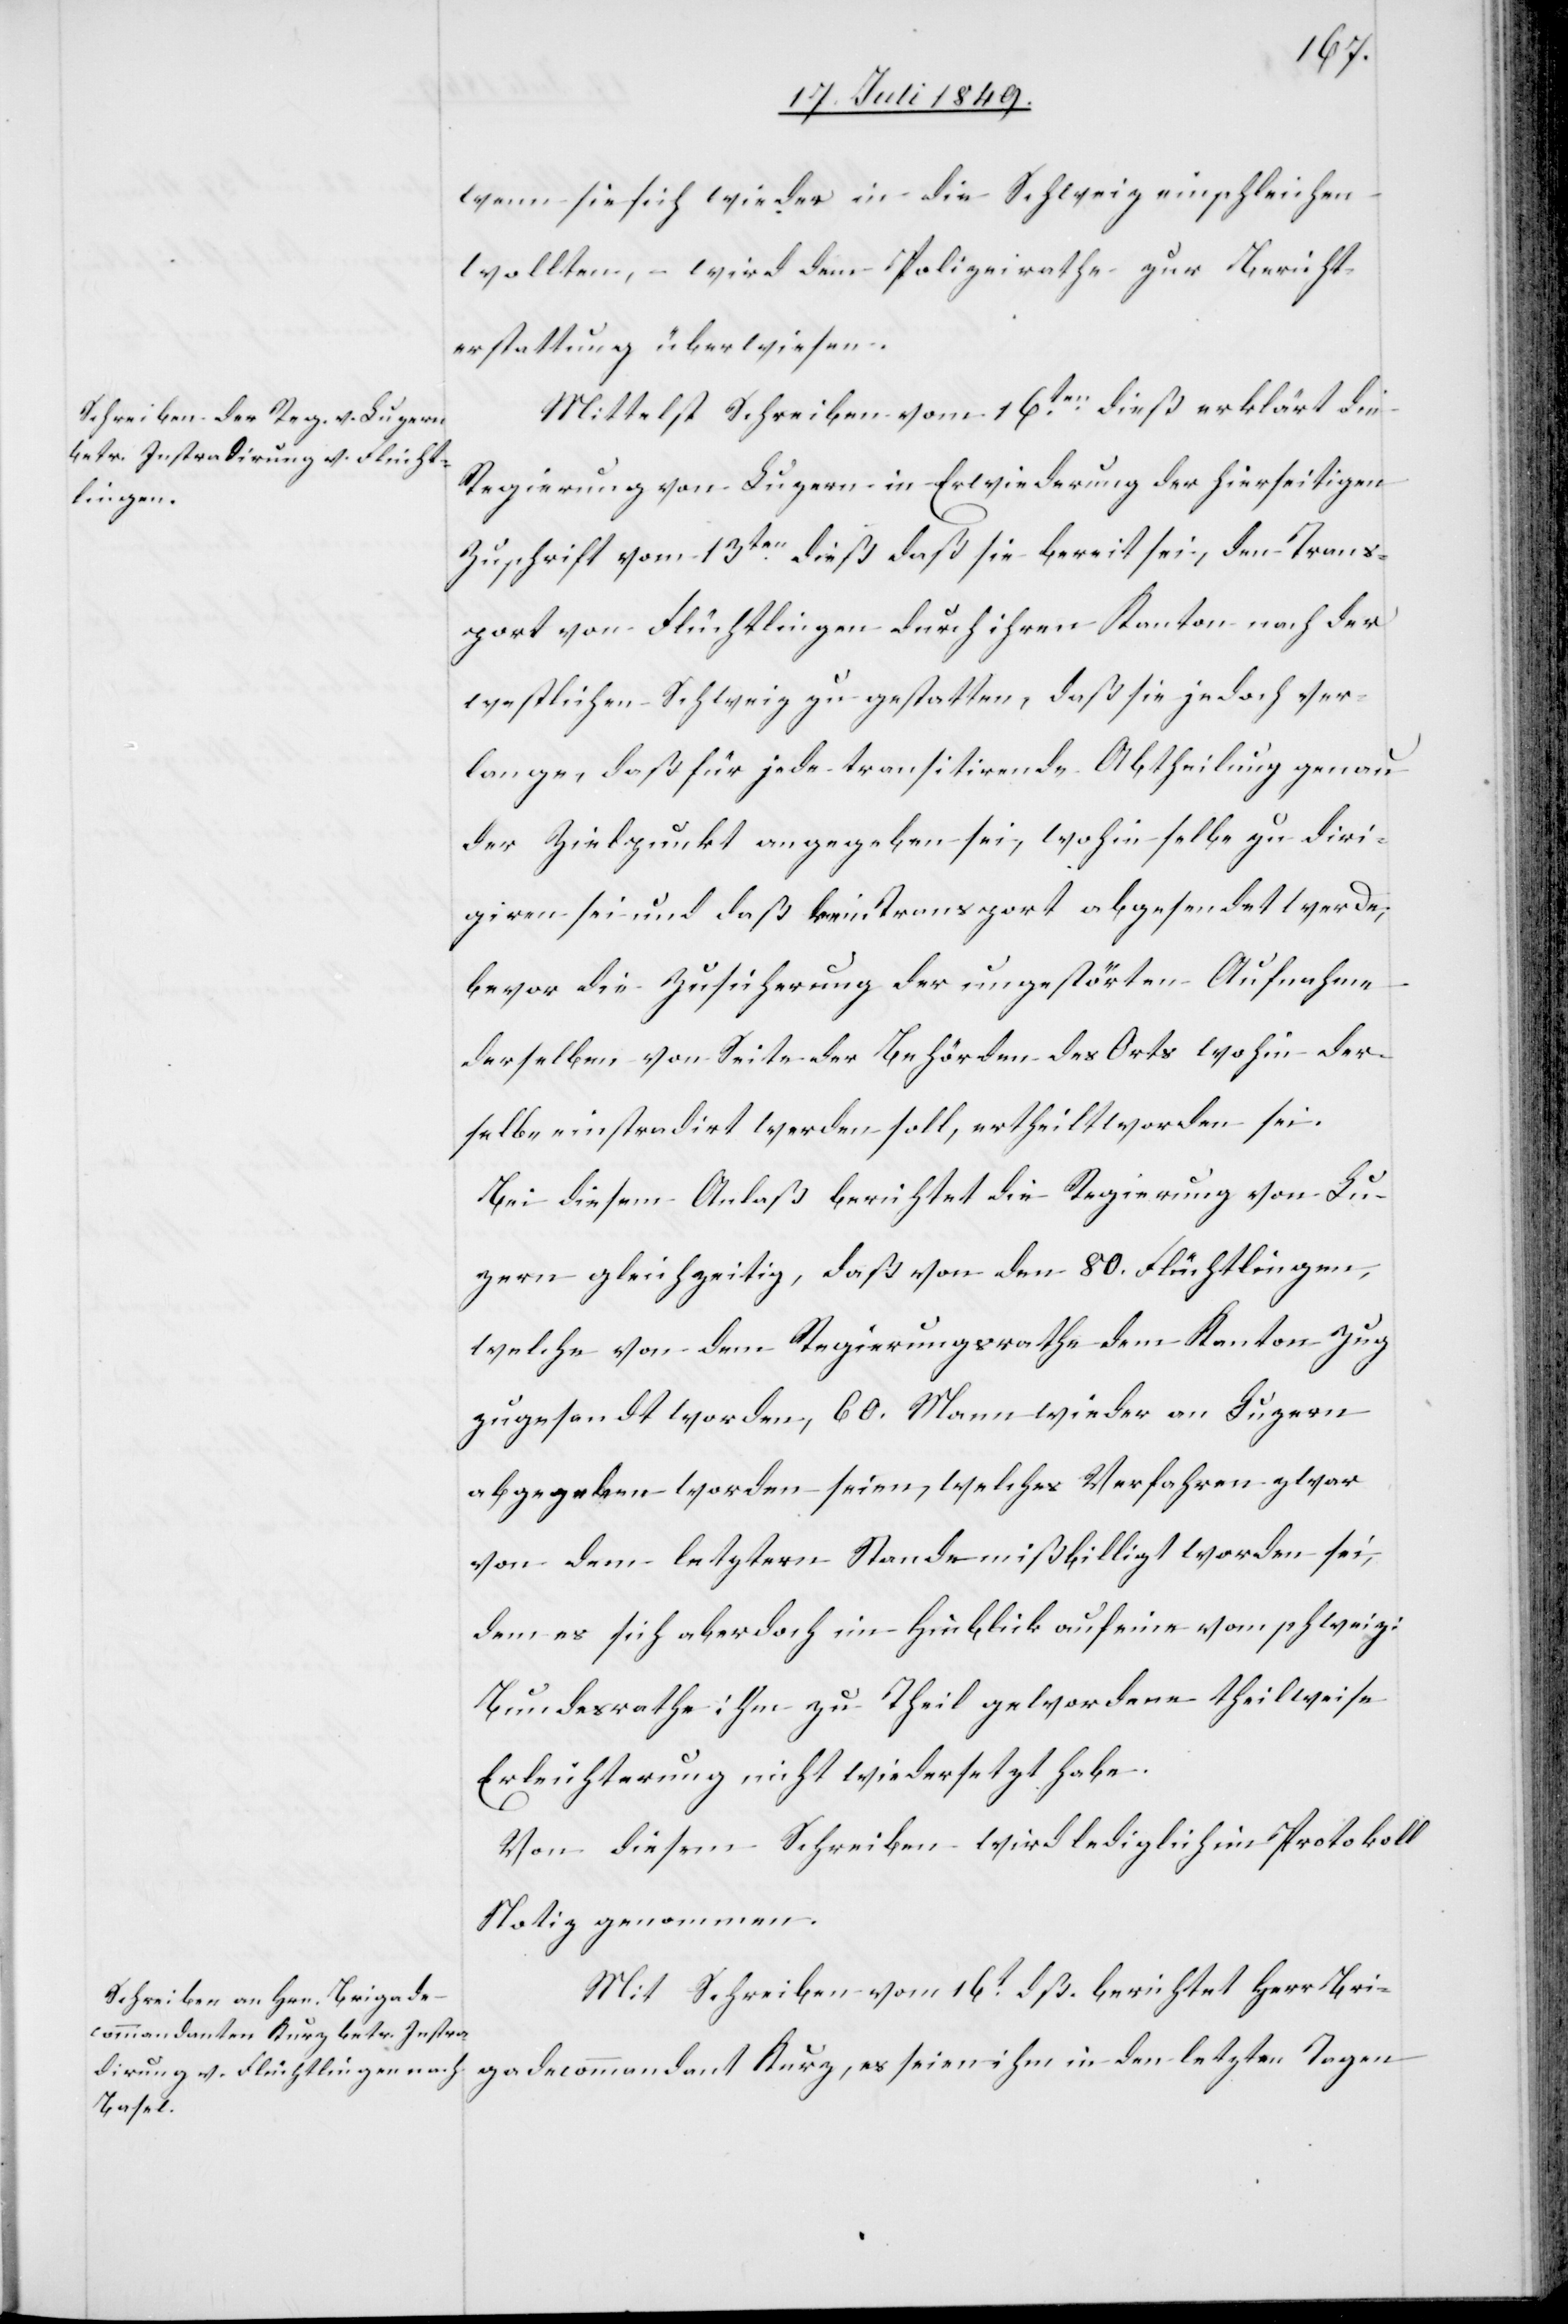
wenn sie sich wieder in die Schweiz einschleichen
wollten, wird dem Polizeirathe zur Bericht¬
erstattung überwiesen.
Mittelst Schreiben vom 16ten dieß erklärt die
Regierung von Luzern in Erwiederung der hierseitigen
Zuschrift vom 13ten dieß daß sie bereit sei, den Trans¬
port von Flüchtlingen durch ihren Kanton nach der
westlichen Schweiz zu gestatten, daß sie jedoch ver¬
lange, daß für jede transitirende Abtheilung genau
der Zielpunkt angegeben sei, wohin selbe zu diri¬
giren sei und daß kein Transport abgesendet werde,
bevor die Zusicherung der ungestörten Aufnahme
derselben von Seite der Behörden des Orts wohin der¬
selbe instradirt werden soll, ertheilt worden sei.
Bei diesem Anlaß berichtet die Regierung von Lu¬
zern gleichzeitig, daß von den 80. Flüchtlingen,
welche von dem Regierungsrathe dem Kanton Zug
zugestellt worden, 60. Mann wieder an Luzern
abgegeben worden seien, welches Verfahren zwar
von dem letztern Stande mißbilligt worden sei,
dem es sich aber doch im Hinblick auf eine vom schweiz:
Bundesrathe ihm zu Theil gewordenen theilweise
Erleichterung nicht wiedersetzt habe.
Von diesem Schreiben wird lediglich im Protokoll
Notiz genommen.
Mit Schreiben vom 16t dß. berichtet Herr Bri¬
mandant